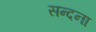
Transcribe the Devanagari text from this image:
सन्दना